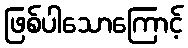
ဖြစ်ပါသောကြောင့်